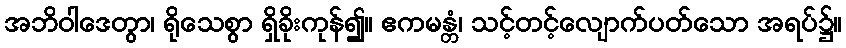
အဘိဝါဒေတွာ၊ ရိုသေစွာ ရှိခိုးကုန်၍။ ဧကမန္တံ၊ သင့်တင့်လျောက်ပတ်သော အရပ်၌။